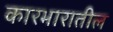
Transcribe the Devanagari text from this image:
कारभारातील